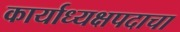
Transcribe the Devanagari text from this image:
कार्याध्यक्षपदाचा